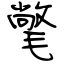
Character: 氅